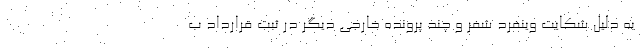
به دلیل شکایت وینفرد شفر و چند پرونده خارجی دیگر در ثبت قرارداد ب